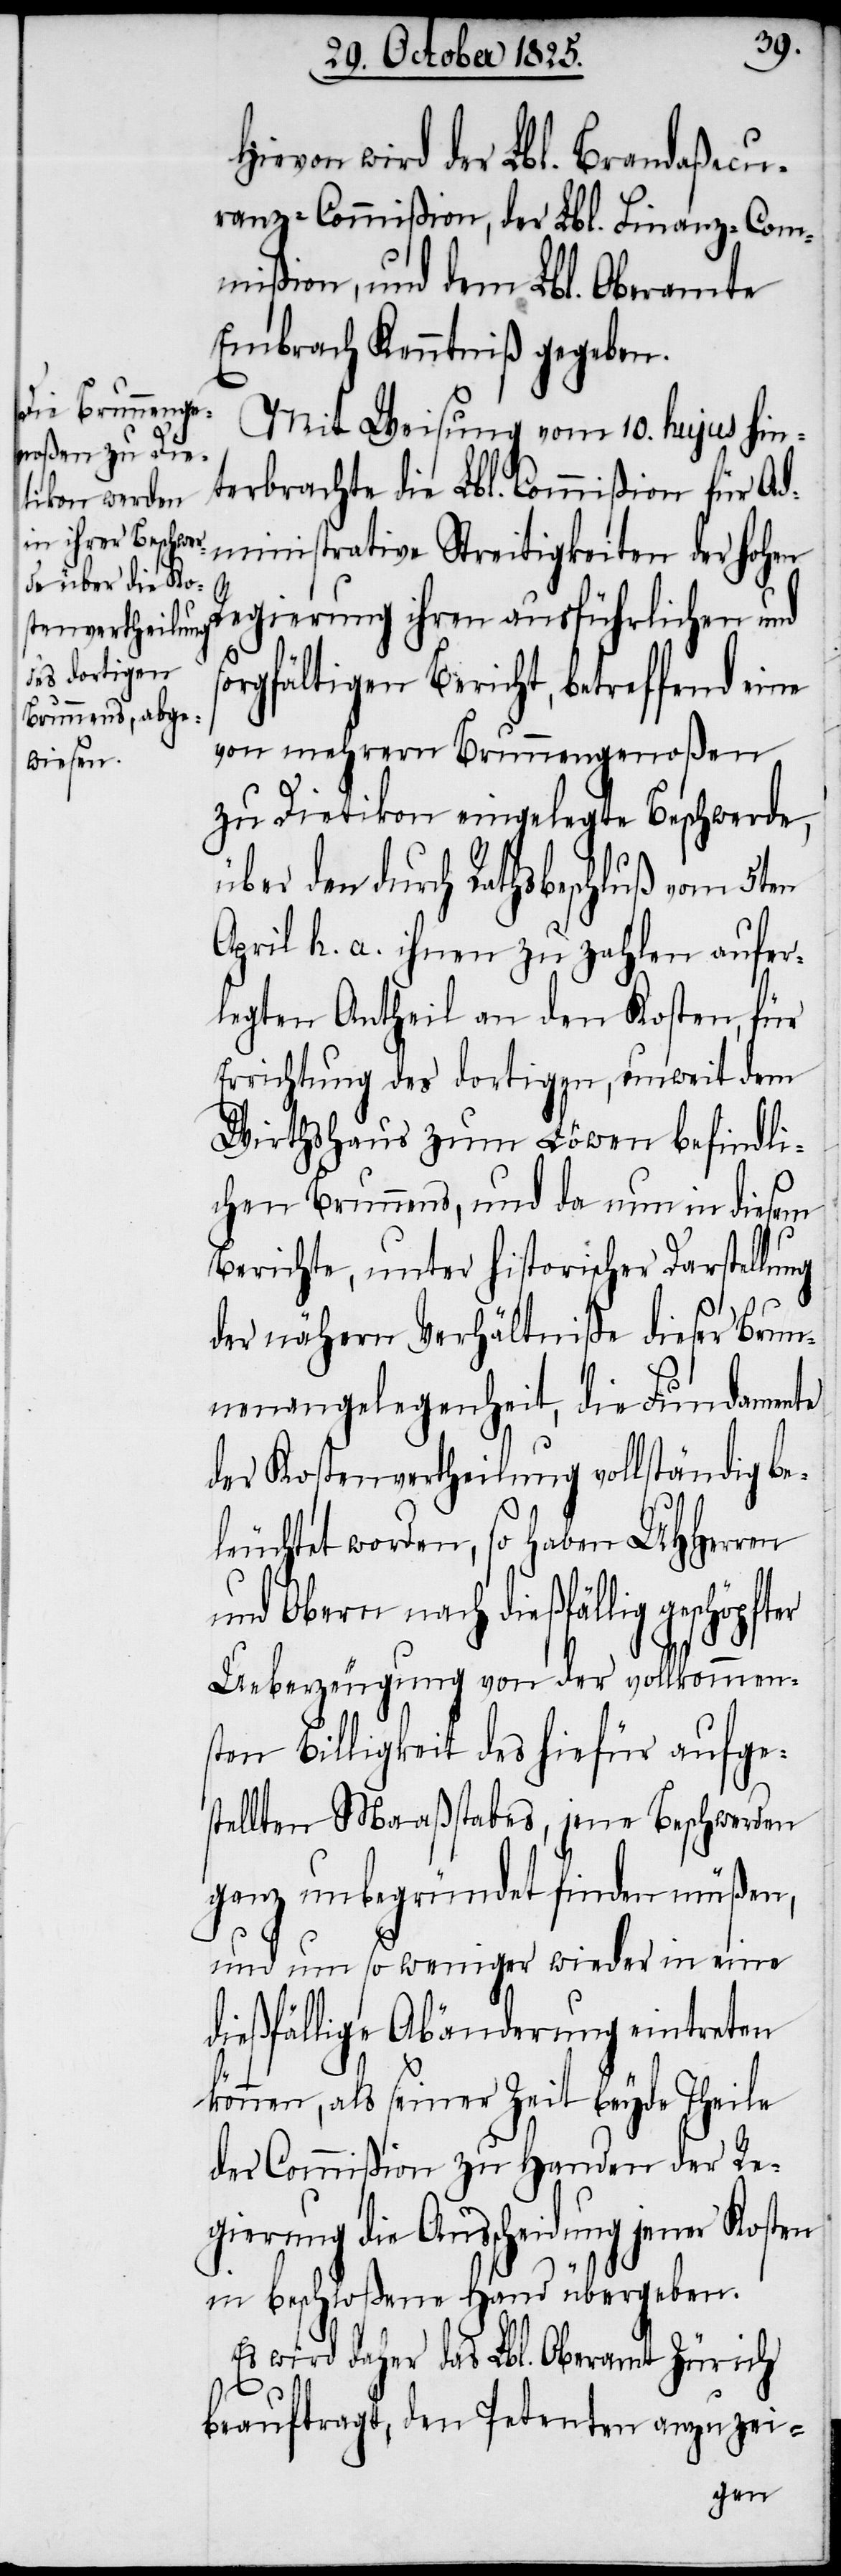
s¬
Hievon wird der Lbl. Brandaßecu¬
ranz-Commißion, der Lbl. Finanz-Com¬
mißion, und dem Lbl. Oberamte
Embrach Kenntniß gegeben.
Mit Weisung vom 10. hujus hin¬
terbrachte die Lbl. Commißion für Ad¬
ministrative Streitigkeiten der hohen
Regierung ihren ausführlichen und
orgfältigen Bericht, betreffend eine
von mehrern Brunnengenoßen
zu Dietikon eingelegte Beschwerde,
über den durch Rathsbeschluß vom 5ten
April h. a. ihnen zu zahlen aufer¬
legten Antheil an den Kosten, für
Errichtung des dortigen, unweit dem
Wirthshaus zum Löwen befindli¬
chen Brunnens, und da nun in diesem
Berichte, unter historischer Darstellung
der nähern Verhältniße dieser Brun¬
nenangelegenheit, die Fundamente
der Kostenvertheilung vollständig be¬
leuchtet worden, so haben UHHerren
und Obern nach dießfällig geschöpft¬
Ueberzeugung von der vollkommen¬
sten Billigkeit des hiefür aufge¬
stellten Maaßstabes, jene Beschwerden
ganz unbegründet finden müßen,
und um so weniger wieder in eine
dießfällige Abänderung eintreten
können, als seiner Zeit beyde Theile
der Commißion zu Handen der Re¬
gierung die Ausscheidung jener
in beschloßene Hand übergeben.
Es wird daher das Lbl. Oberamt Zürich
beauftragt, den Petenten anzuzei-
er